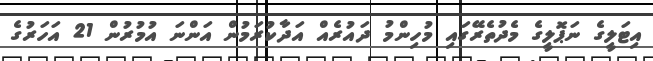
އިޓަލީގެ ނަޕޮލީގެ މެދުތެރޭގައި މުހިންމު ދައުރެއް އަދާކުރަމުން އަންނަ އުމުރުން 21 އަހަރުގެ